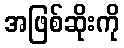
အဖြစ်ဆိုးကို